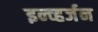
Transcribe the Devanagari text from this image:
इन्व्हर्जन